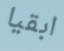
ابقيا